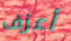
أعزف